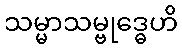
သမ္မာသမ္ဗုဒ္ဓေဟိ